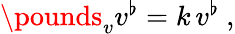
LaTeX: \begin{array}{r}{\pounds_{v}v^{\flat}=k\, v^{\flat}\ ,}\end{array}